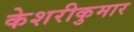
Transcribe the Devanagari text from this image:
केशरीकुमार